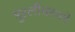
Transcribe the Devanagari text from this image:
मुरलीधरनने